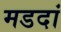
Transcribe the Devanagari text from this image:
मडदां